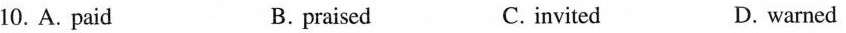
10.A.Paid B.praised C.invited D.warned